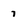
Character: 7